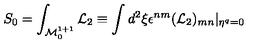
S _ { 0 } = \int _ { { \cal M } _ { 0 } ^ { 1 + 1 } } { \cal L } _ { 2 } \equiv \int d ^ { 2 } \xi \epsilon ^ { n m } ( { \cal L } _ { 2 } ) _ { m n } \vert _ { \eta ^ { q } = 0 }